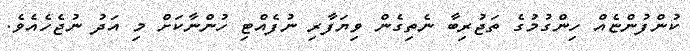
ކުންފުންޏެއް ހިންގުމުގެ ތަޖުރިބާ ނެތިގެން ވިޔަފާރި ނުފެއްޓި ހުންނާކަށް މި އަދު ނުޖެހެއެވެ.